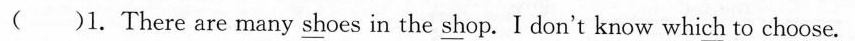
( )1.There are many shoes in the shop. I don't know which to choose.